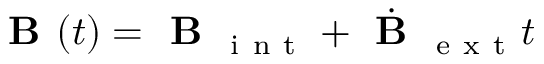
\textbf { B } ( t ) = \textbf { B } _ { \mathrm { ~ i ~ n ~ t ~ } } + \dot { \textbf { B } } _ { \mathrm { ~ e ~ x ~ t ~ } } t